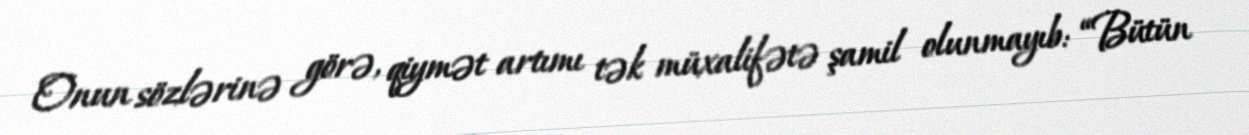
Onun sözlərinə görə, qiymət artımı tək müxalifətə şamil olunmayıb: “Bütün